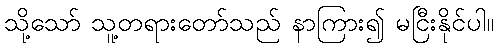
သို့သော် သူ့တရားတော်သည် နာကြား၍ မငြီးနိုင်ပါ။